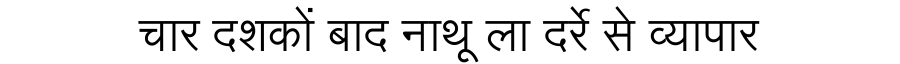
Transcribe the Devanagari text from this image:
चार दशकों बाद नाथू ला दर्रे से व्यापार